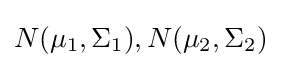
N(\mu _{1},\Sigma _{1}),N(\mu _{2},\Sigma _{2})